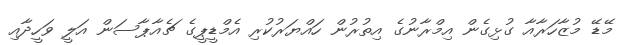
މޭޑޭ މުޒާހަރާއާ ގުޅިގެން އިމްރާނުގެ އިތުރުން ހައްޔަރުކުރި އެމްޑީޕީގެ ޗެއާޕާސަން އަލީ ވަހީދާއި